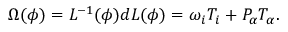
\Omega ( \phi ) = L ^ { - 1 } ( \phi ) d L ( \phi ) = \omega _ { i } T _ { i } + P _ { \alpha } T _ { \alpha } .